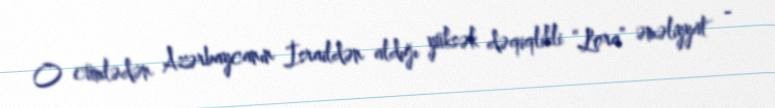
O cümlədən Azərbaycanın İsraildən aldığı yüksək dəqiqlikli “Lora” əməliyyat -